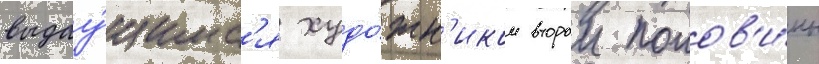
выдау́щимс'я худо́жн'иком второи полов'и́ны